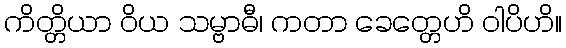
ကိတ္တိယာ ဝိယ သမ္ဗာဓီ၊ ကတာ ခေတ္တေဟိ ဝါပိဟိ။